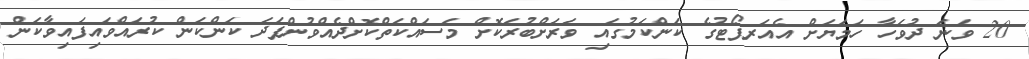
20 ވަނަ ދުވަހާ ހަމަޔަށް އެއަރޕޯޓުގެ ކަންކަމުގައި ވަރަށްބުރަކޮށް މަސައްކަތްކޮށްދެއްވުންފަދަ ކަންކަން ކުރައްވައިފައިވާކަން